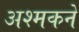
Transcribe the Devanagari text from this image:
अश्मकने